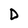
Character: D